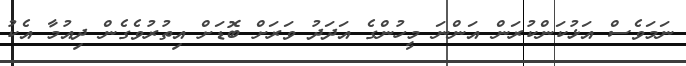
ނަމަވެސް އަޅުކަންކުރަން އަންނަ މީހުންގެ އަދަދު ވަރަށް ބޮޑަށް އިތުރުވެގެން ދިއުމާ އެކު